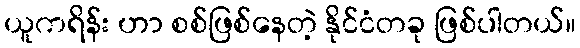
ယူကရိန်း ဟာ စစ်ဖြစ်နေတဲ့ နိုင်ငံတခု ဖြစ်ပါတယ်။